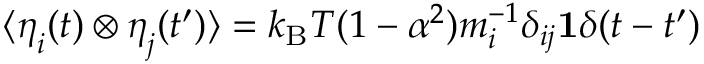
\langle \boldsymbol { \eta } _ { i } ( t ) \otimes \boldsymbol { \eta } _ { j } ( t ^ { \prime } ) \rangle = k _ { \mathrm { B } } T ( 1 - \alpha ^ { 2 } ) m _ { i } ^ { - 1 } \delta _ { i j } \mathbf { 1 } \delta ( t - t ^ { \prime } )